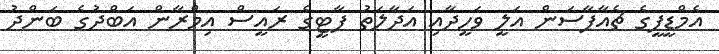
އެމްޑީޕީގެ ޗެއާޕާސަން އަލީ ވަހީދާއި އަދާލަތު ޕާޓީގެ ރައީސް އިމްރާން އަބްދުގެ ބަންދު